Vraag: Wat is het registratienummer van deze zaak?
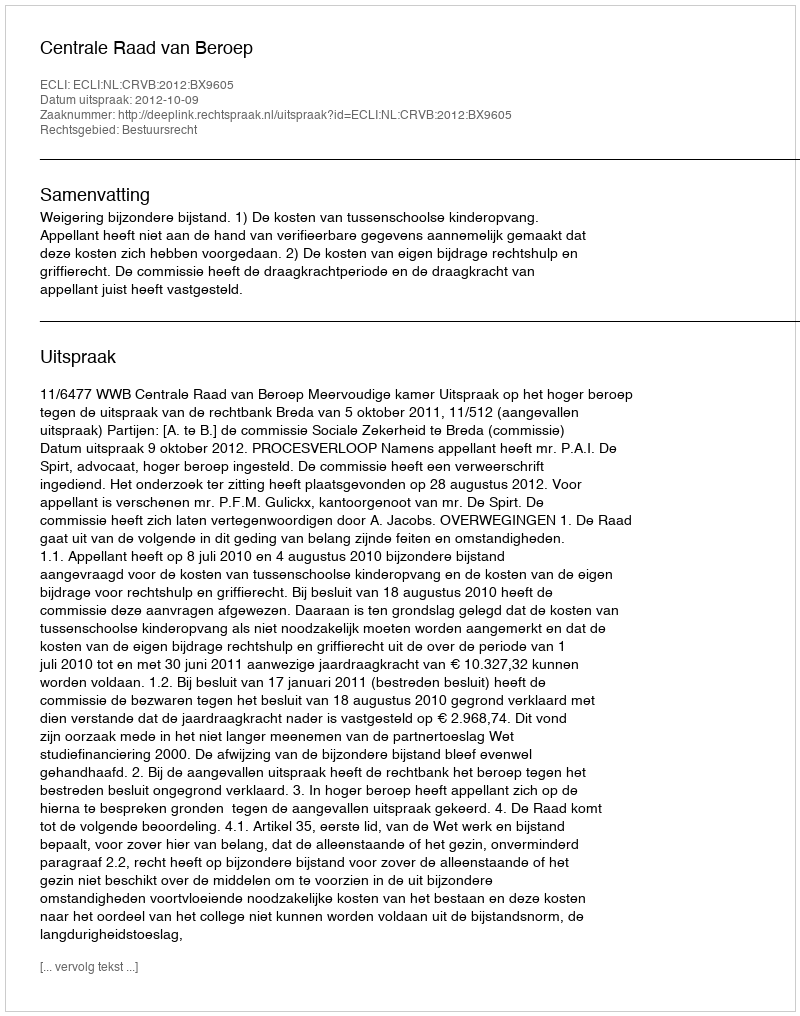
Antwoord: http://deeplink.rechtspraak.nl/uitspraak?id=ECLI:NL:CRVB:2012:BX9605